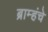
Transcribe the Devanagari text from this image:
ब्राम्हंचे